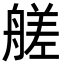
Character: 艖